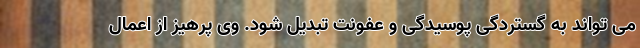
می تواند به گستردگی پوسیدگی و عفونت تبدیل شود. وی پرهیز از اعمال